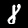
Digit: 8